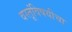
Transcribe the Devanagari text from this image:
वस्तूंविषयीचा